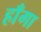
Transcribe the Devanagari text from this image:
हाँगा